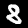
Label: 8